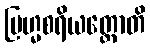
ဗြဟ္မစရိယတ္ထောတိ